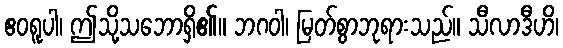
ဧဝရူပါ၊ ဤသို့သဘောရှိ၏။ ဘဂဝါ၊ မြတ်စွာဘုရားသည်။ သီလာဒီဟိ၊